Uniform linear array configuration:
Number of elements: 8
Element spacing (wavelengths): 1
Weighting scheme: blackman
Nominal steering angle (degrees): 45
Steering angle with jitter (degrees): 43.7
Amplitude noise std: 0.05
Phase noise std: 0.05

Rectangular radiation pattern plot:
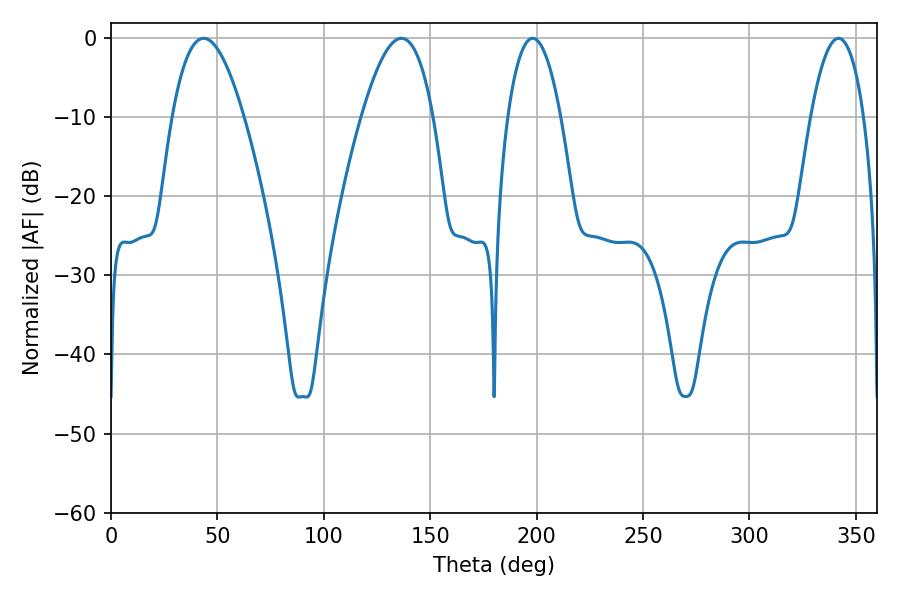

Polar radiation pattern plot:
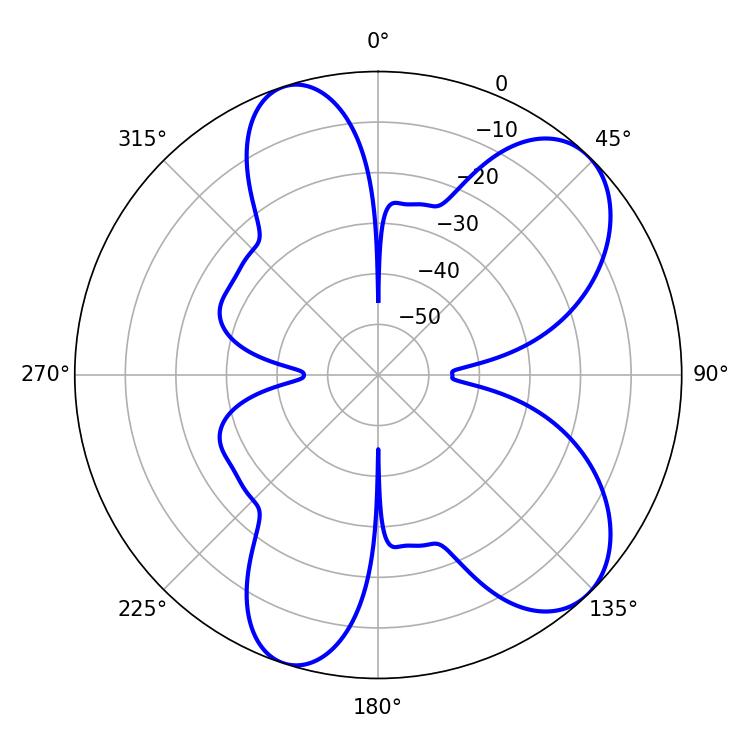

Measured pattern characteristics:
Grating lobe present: TRUE
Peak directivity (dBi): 8.003
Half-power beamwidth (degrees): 18.36
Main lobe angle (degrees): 43.56